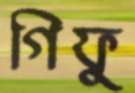
গিফু